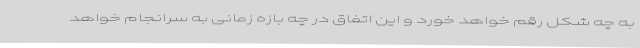
به چه شکل رقم خواهد خورد و این اتفاق در چه بازه زمانی به سرانجام خواهد